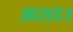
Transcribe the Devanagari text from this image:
आरहा३